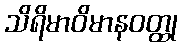
သိရိမာဝိမာနဝတ္ထု